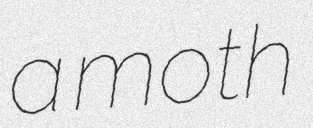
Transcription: a moth